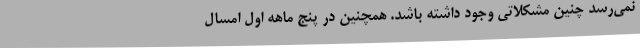
نمی‌رسد چنین مشکلاتی وجود داشته باشد. همچنین در پنج ماهه اول امسال